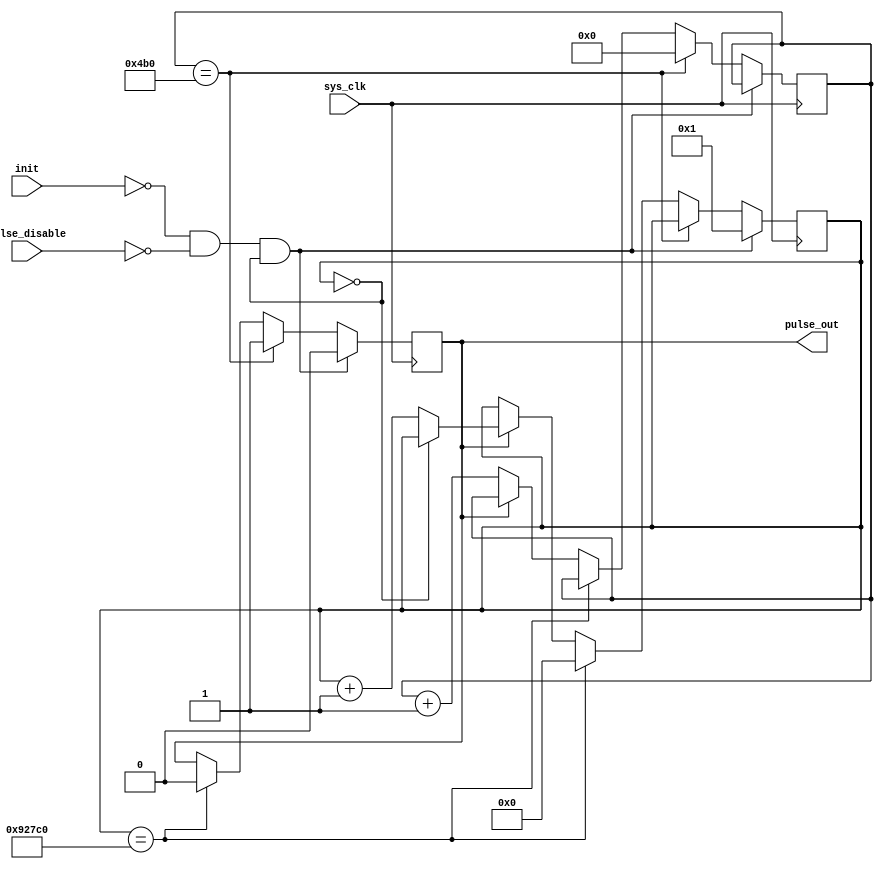
module delayed_pulse #(
    parameter t_us_delay  = 25_000, // microseconds between pulses
    parameter t_us_pulse_width = 50 // microseconds pulse width
) (
    input       sys_clk,
    input       init,   // pull-up
    input       pulse_disable,

    output reg  pulse_out  // pull-up
);

localparam PULSE_TICKS  = 24 * t_us_pulse_width;    // 24Mhz system clock
localparam DELAY_TICKS  = 24 * t_us_delay;

reg [$clog2(PULSE_TICKS)-1:0]   pulse_cnt = 0;
reg [$clog2(DELAY_TICKS)-1:0]   delay_cnt = 0;

wire delay_en       = !(delay_cnt == 0);
wire delay_end      = (delay_cnt == DELAY_TICKS);

wire pulse_start    = !init && !pulse_disable && !delay_en;
wire pulse_en       = (pulse_out == 'b0);
wire pulse_end      = (pulse_cnt == PULSE_TICKS);

always @(posedge sys_clk) begin
    if (pulse_start) begin
        pulse_out   <= 'b0;
        delay_cnt   <= 1;
    end else if (pulse_end) begin
        pulse_out   <= 'b1;
        pulse_cnt   <= 0;
    end else if (delay_end) begin
        pulse_out   <= 'b0;
        delay_cnt   <= 0;
    end else if (pulse_en) begin
        pulse_cnt <= pulse_cnt + 1;
    end else if (delay_en) begin
        delay_cnt <= delay_cnt + 1;
    end    
end

// always @(posedge sys_clk) begin
//     if ( pulse_cnt != 0 ) begin
//         pulse_cnt <= pulse_cnt + 1;
//     end else if ( delay_cnt != 0 ) begin
//         delay_cnt <= delay_cnt + 1;
//     end    
// end

// always @(posedge sys_clk) begin
//     if (pulse_en) begin
//         pulse_cnt <= pulse_cnt + 1;
//     end else if (delay_en) begin
//         delay_cnt <= delay_cnt + 1;
//     end    
// end
endmodule